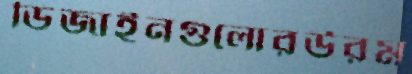
ডিজাইনগুলোরউরম